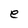
Character: e